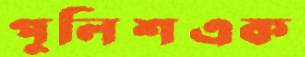
পুলিশএক